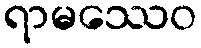
ရာမဿေဝ